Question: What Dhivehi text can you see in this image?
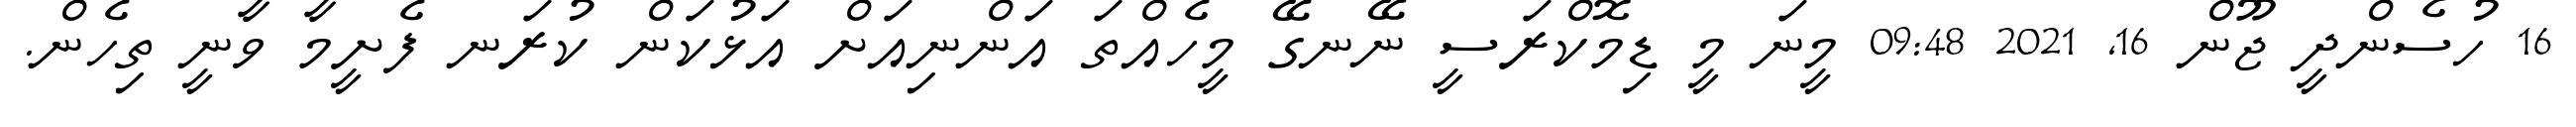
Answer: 16 ހުސެންދީ ޖޫން 16, 2021 09:48 މީނަ މީ ޑިމޮކްރަސީ ނޭނގޭ މީހެއްތަ އަންނިއަށް އަޅުކަން ކުރަނ ފެށީމާ ވާނީ ތިހެން.